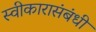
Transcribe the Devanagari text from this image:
स्वीकारासंबंधी